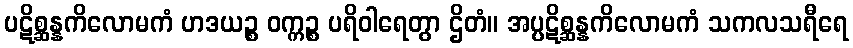
ပဋိစ္ဆန္နကိလောမကံ ဟဒယဉ္စ ဝက္ကဉ္စ ပရိဝါရေတွာ ဌိတံ။ အပ္ပဋိစ္ဆန္နကိလောမကံ သကလသရီရေ